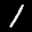
Label: 1